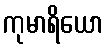
ကုမာရိယော